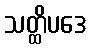
သတ္ထိပဒေ